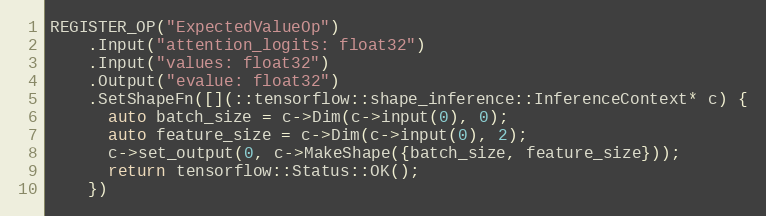
Language: C++
REGISTER_OP("ExpectedValueOp")
    .Input("attention_logits: float32")
    .Input("values: float32")
    .Output("evalue: float32")
    .SetShapeFn([](::tensorflow::shape_inference::InferenceContext* c) {
      auto batch_size = c->Dim(c->input(0), 0);
      auto feature_size = c->Dim(c->input(0), 2);
      c->set_output(0, c->MakeShape({batch_size, feature_size}));
      return tensorflow::Status::OK();
    })